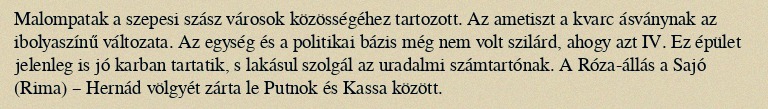
Malompatak a szepesi szász városok közösségéhez tartozott. Az ametiszt a kvarc ásványnak az ibolyaszínű változata. Az egység és a politikai bázis még nem volt szilárd, ahogy azt IV. Ez épület jelenleg is jó karban tartatik, s lakásul szolgál az uradalmi számtartónak. A Róza-állás a Sajó (Rima) – Hernád völgyét zárta le Putnok és Kassa között.